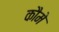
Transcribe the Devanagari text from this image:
कौमे